Lui_Olesk, lk 20
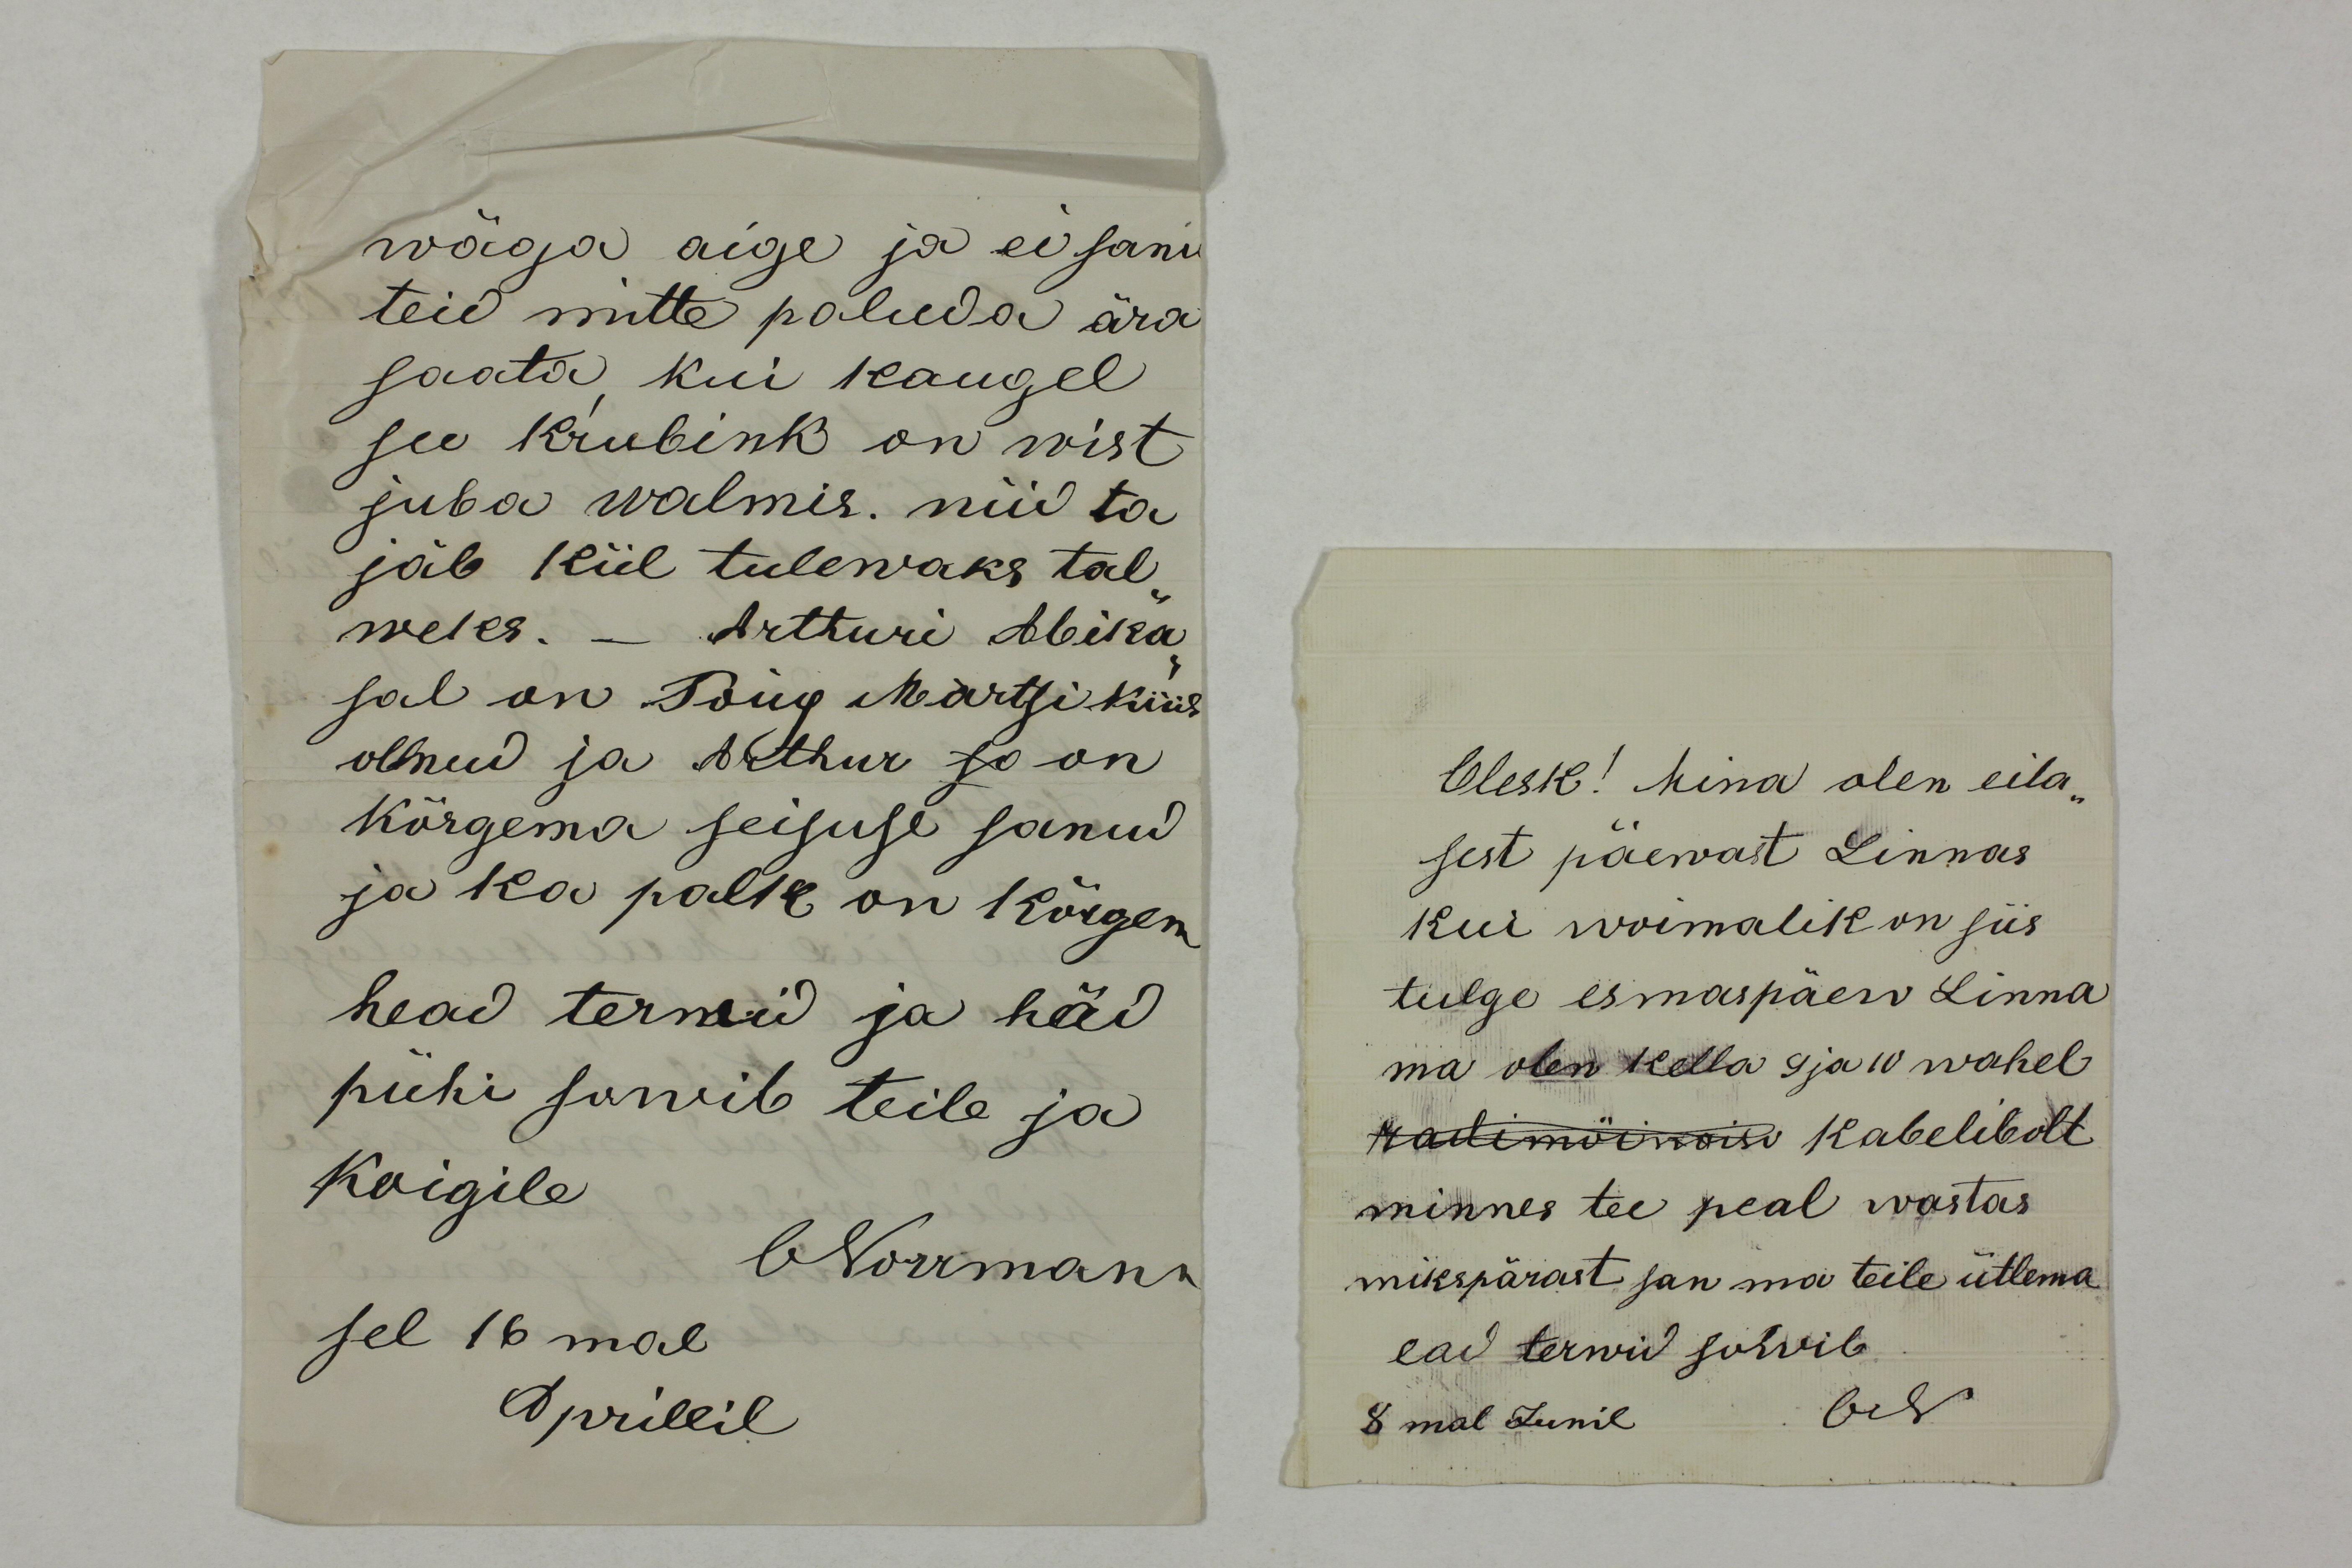
wäga aige ja ei sanu
teid mitte paluda ära
saata, kui kaugel
see Krubink on wist
juba walmis. nüd ta 
jäb kül tulewaks tal-
weks. - Arthuri Abika-
sal on Poiig Märtsi kuus
ollnud ja Arthur so on
kõrgema seisuse sanud
ja ka palk on kõrgem
head terwid ja häd
pühi sowib teile ja
Koigile
ONorrmann
sel 16mal
Aprillil

Olesk! Mina olen eila-
sest päewast Linnas
kui woimalik on siis
tulge esmaspäev Linna
ma olen kella 9 ja 10 wahel
radimöisaso kabelibolt
minnes tee peal wastas
mikspärast san ma teile ütlema
ead terwid sowib 
8mal Junil ON